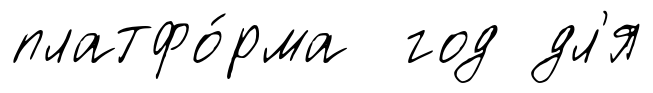
платфо́рма год дл'я